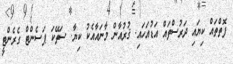
ފޮތްތައް ކިޔައި ދަރުސްތައް އަޑުއަހައި. ޤުރުއާން މާނައާއެކު ކިޔާ. ސަތޭކަ ޕަސެންޓް ގެރެންޓީ